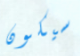
سيكون